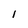
Character: l